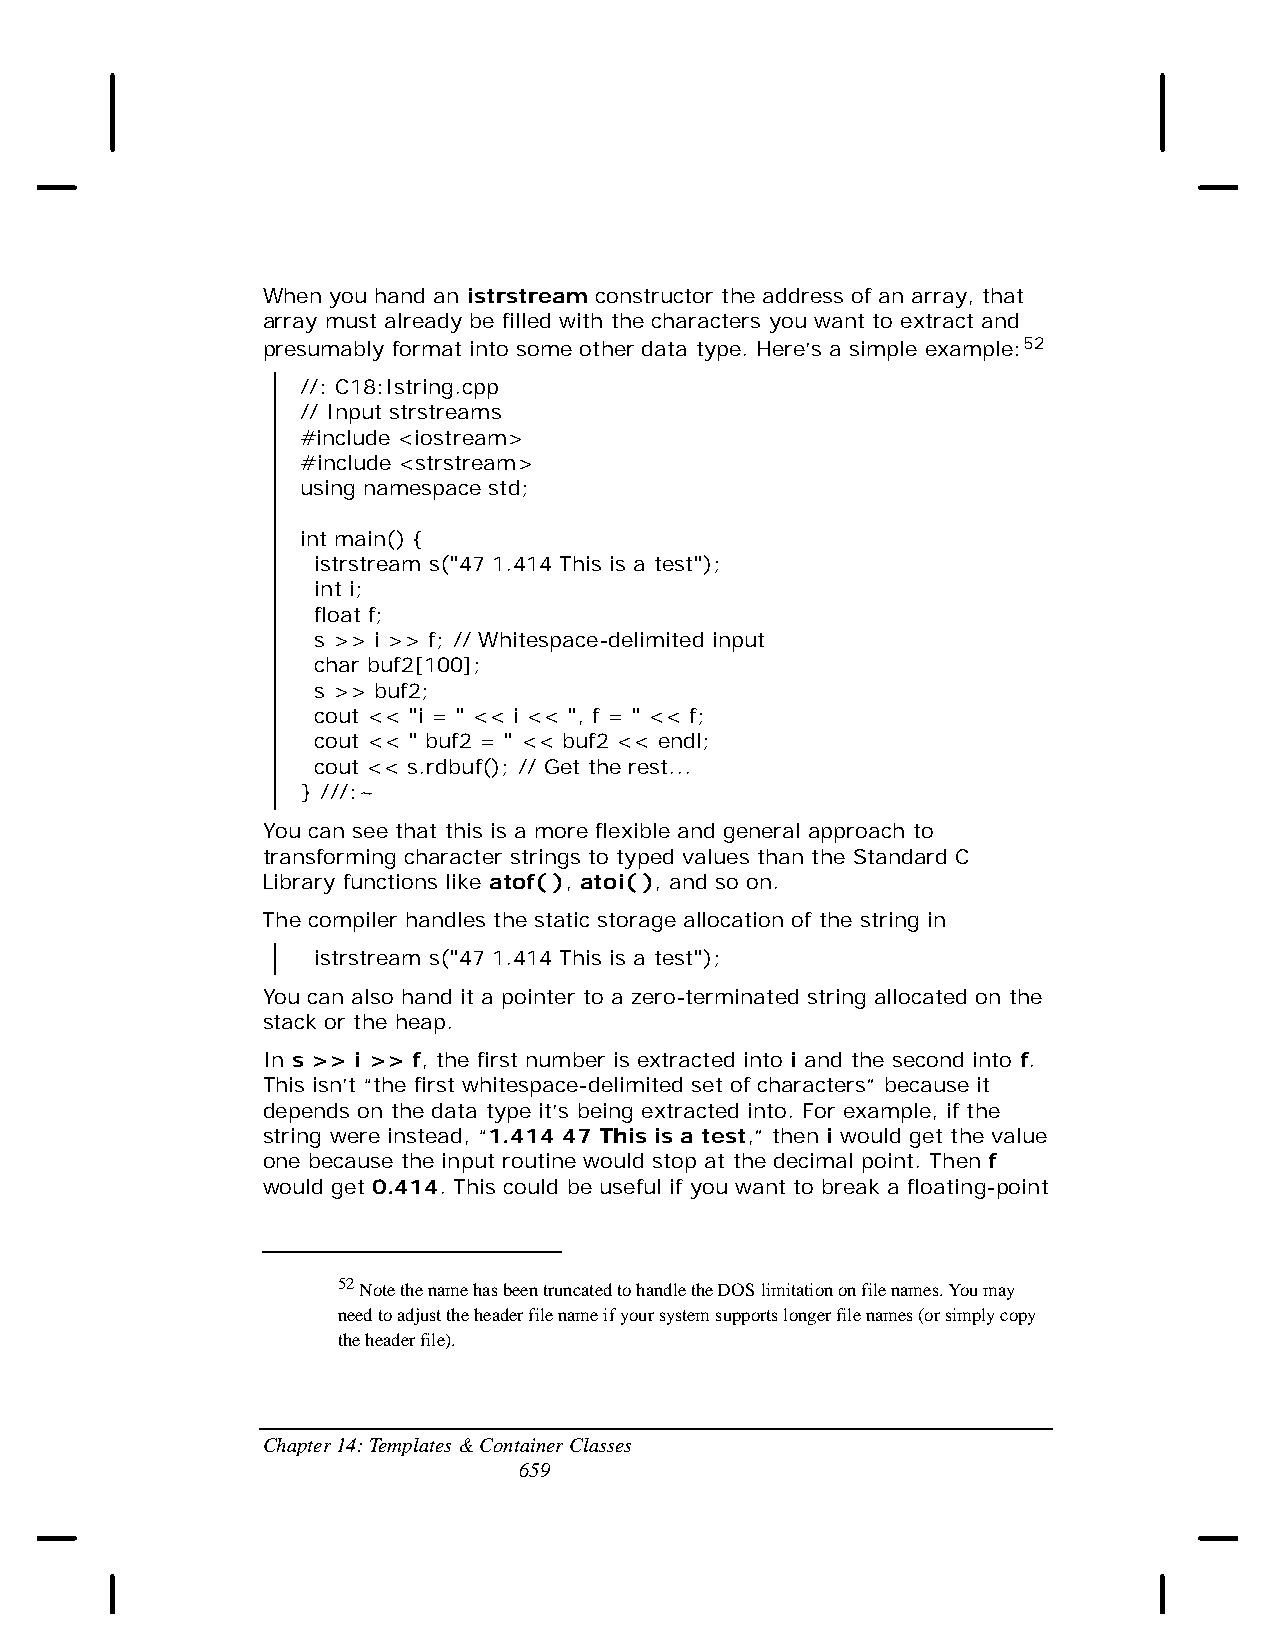
When you hand an istrstream constructor the address of an array, that
 array must already be filled with the characters you want to extract and
 presumably format into some other data type. Here’s a simple example:52
 //: C18:Istring.cpp
 // Input strstreams
 #include <iostream>
 #include <strstream>
 using namespace std;
 int main() {
 istrstream s("47 1.414 This is a test");
 int i;
 float f;
 s >> i >> f; // Whitespace-delimited input
 char buf2[100];
 s >> buf2;
 cout << "i = " << i << ", f = " << f;
 cout << " buf2 = " << buf2 << endl;
 cout << s.rdbuf(); // Get the rest...
 } ///:~
 You can see that this is a more flexible and general approach to
 transforming character strings to typed values than the Standard C
 Library functions like atof( ), atoi( ), and so on.
 The compiler handles the static storage allocation of the string in
 istrstream s("47 1.414 This is a test");
 You can also hand it a pointer to a zero-terminated string allocated on the
 stack or the heap.
 In s >> i >> f, the first number is extracted into i and the second into f.
 This isn’t “the first whitespace-delimited set of characters” because it
 depends on the data type it’s being extracted into. For example, if the
 string were instead, “1.414 47 This is a test,” then i would get the value
 one because the input routine would stop at the decimal point. Then f
 would get 0.414. This could be useful if you want to break a floating-point
 52 Note the name has been truncated to handle the DOS limitation on file names. You may
 need to adjust the header file name if your system supports longer file names (or simply copy
 the header file).
 Chapter 14: Templates & Container Classes
 659